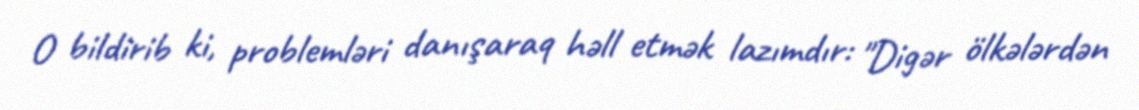
O bildirib ki, problemləri danışaraq həll etmək lazımdır: "Digər ölkələrdən